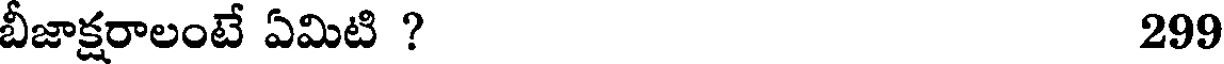
బీజాక్షరాలంటే ఏమిటి ? 299